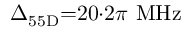
\Delta _ { 5 5 \mathrm { D } } { = } 2 0 { \cdot } 2 \pi \ \mathrm { M H z }